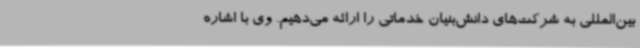
بین‌المللی به شرکت‌های دانش‌بنیان خدماتی را ارائه می‌دهیم. وی با اشاره